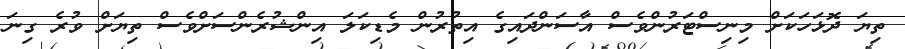
ތިޔަ ދޮޅަހަކަށް މިނިސްޓަރުންވެސް އާސަންދައިގެ އިތުރުން މެޑިކަލަ އިންޝުރެންސަށްވެސް ތިޔަށް ވުރެ ގިނަ